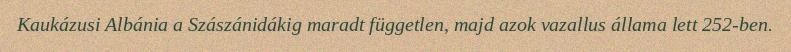
Kaukázusi Albánia a Szászánidákig maradt független, majd azok vazallus állama lett 252-ben.